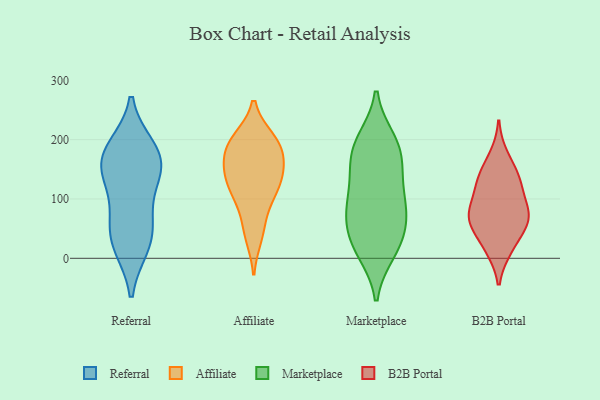
{"axis": {"x": "Page Views", "y": "Value"}, "legend": ["Affiliate", "B2B Portal", "Marketplace", "Referral"], "data": [{"x": "", "y": 156, "type": "Referral"}, {"x": "", "y": 140, "type": "Referral"}, {"x": "", "y": 128, "type": "Referral"}, {"x": "", "y": 64, "type": "Referral"}, {"x": "", "y": 22, "type": "Referral"}, {"x": "", "y": 185, "type": "Referral"}, {"x": "", "y": 56, "type": "Referral"}, {"x": "", "y": 174, "type": "Referral"}, {"x": "", "y": 176, "type": "Referral"}, {"x": "", "y": 22, "type": "Referral"}, {"x": "", "y": 100, "type": "Affiliate"}, {"x": "", "y": 141, "type": "Affiliate"}, {"x": "", "y": 181, "type": "Affiliate"}, {"x": "", "y": 195, "type": "Affiliate"}, {"x": "", "y": 150, "type": "Affiliate"}, {"x": "", "y": 195, "type": "Affiliate"}, {"x": "", "y": 114, "type": "Affiliate"}, {"x": "", "y": 142, "type": "Affiliate"}, {"x": "", "y": 148, "type": "Affiliate"}, {"x": "", "y": 52, "type": "Affiliate"}, {"x": "", "y": 189, "type": "Affiliate"}, {"x": "", "y": 38, "type": "Affiliate"}, {"x": "", "y": 108, "type": "Affiliate"}, {"x": "", "y": 200, "type": "Affiliate"}, {"x": "", "y": 21, "type": "Marketplace"}, {"x": "", "y": 191, "type": "Marketplace"}, {"x": "", "y": 98, "type": "Marketplace"}, {"x": "", "y": 81, "type": "Marketplace"}, {"x": "", "y": 17, "type": "Marketplace"}, {"x": "", "y": 46, "type": "Marketplace"}, {"x": "", "y": 11, "type": "Marketplace"}, {"x": "", "y": 145, "type": "Marketplace"}, {"x": "", "y": 150, "type": "Marketplace"}, {"x": "", "y": 167, "type": "Marketplace"}, {"x": "", "y": 99, "type": "Marketplace"}, {"x": "", "y": 82, "type": "Marketplace"}, {"x": "", "y": 58, "type": "Marketplace"}, {"x": "", "y": 193, "type": "Marketplace"}, {"x": "", "y": 199, "type": "Marketplace"}, {"x": "", "y": 16, "type": "B2B Portal"}, {"x": "", "y": 71, "type": "B2B Portal"}, {"x": "", "y": 18, "type": "B2B Portal"}, {"x": "", "y": 138, "type": "B2B Portal"}, {"x": "", "y": 71, "type": "B2B Portal"}, {"x": "", "y": 59, "type": "B2B Portal"}, {"x": "", "y": 172, "type": "B2B Portal"}, {"x": "", "y": 138, "type": "B2B Portal"}, {"x": "", "y": 126, "type": "B2B Portal"}, {"x": "", "y": 86, "type": "B2B Portal"}, {"x": "", "y": 56, "type": "B2B Portal"}, {"x": "", "y": 111, "type": "B2B Portal"}, {"x": "", "y": 69, "type": "B2B Portal"}]}